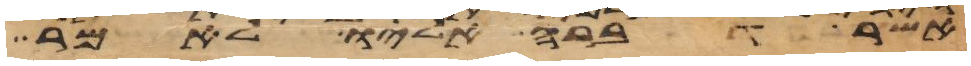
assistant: אשר דברה אליו לאמר